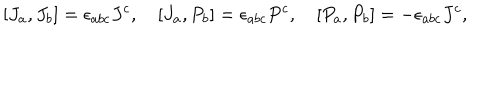
[ J _ { a } , J _ { b } ] = \epsilon _ { a b c } J ^ { c } , \quad [ J _ { a } , P _ { b } ] = \epsilon _ { a b c } P ^ { c } , \quad [ P _ { a } , P _ { b } ] = - \epsilon _ { a b c } J ^ { c } ,